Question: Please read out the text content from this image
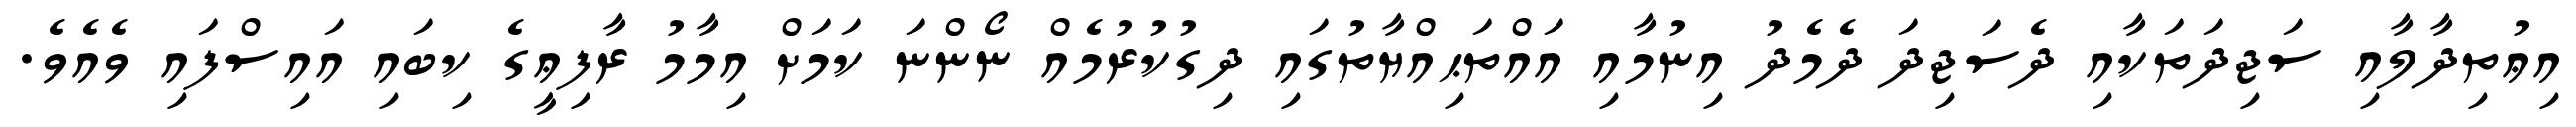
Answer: އިޢުތިދާލާއި ސަޖިދަތަކާއި ދެސަޖިދަ ދެމެދު އިނުމާއި އައްތަޙިއްޔާތުގައި ދިގުކުރުމެއް ނޯންނަ ކަމަށް އިމާމު ރާފިޢީގެ ކިބައި އައިސްފައި ވެއެވެ.